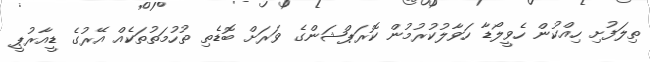
ތިލަފުށި ހިއްކުން ހެވީލޯޑާ ހަވާލުކުރުމުން ކޮރަޕްޝަންގެ ވަރަށް ބޮޑެތި ތުހުމަތުތަކެއް އޭރުގެ ޑީއާރުޕީ